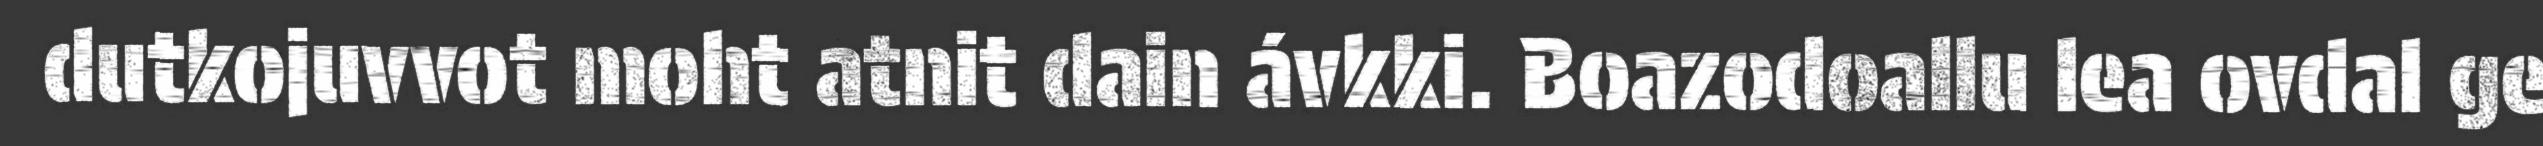
dutkojuvvot moht atnit dain ávkki. Boazodoallu lea ovdal ge